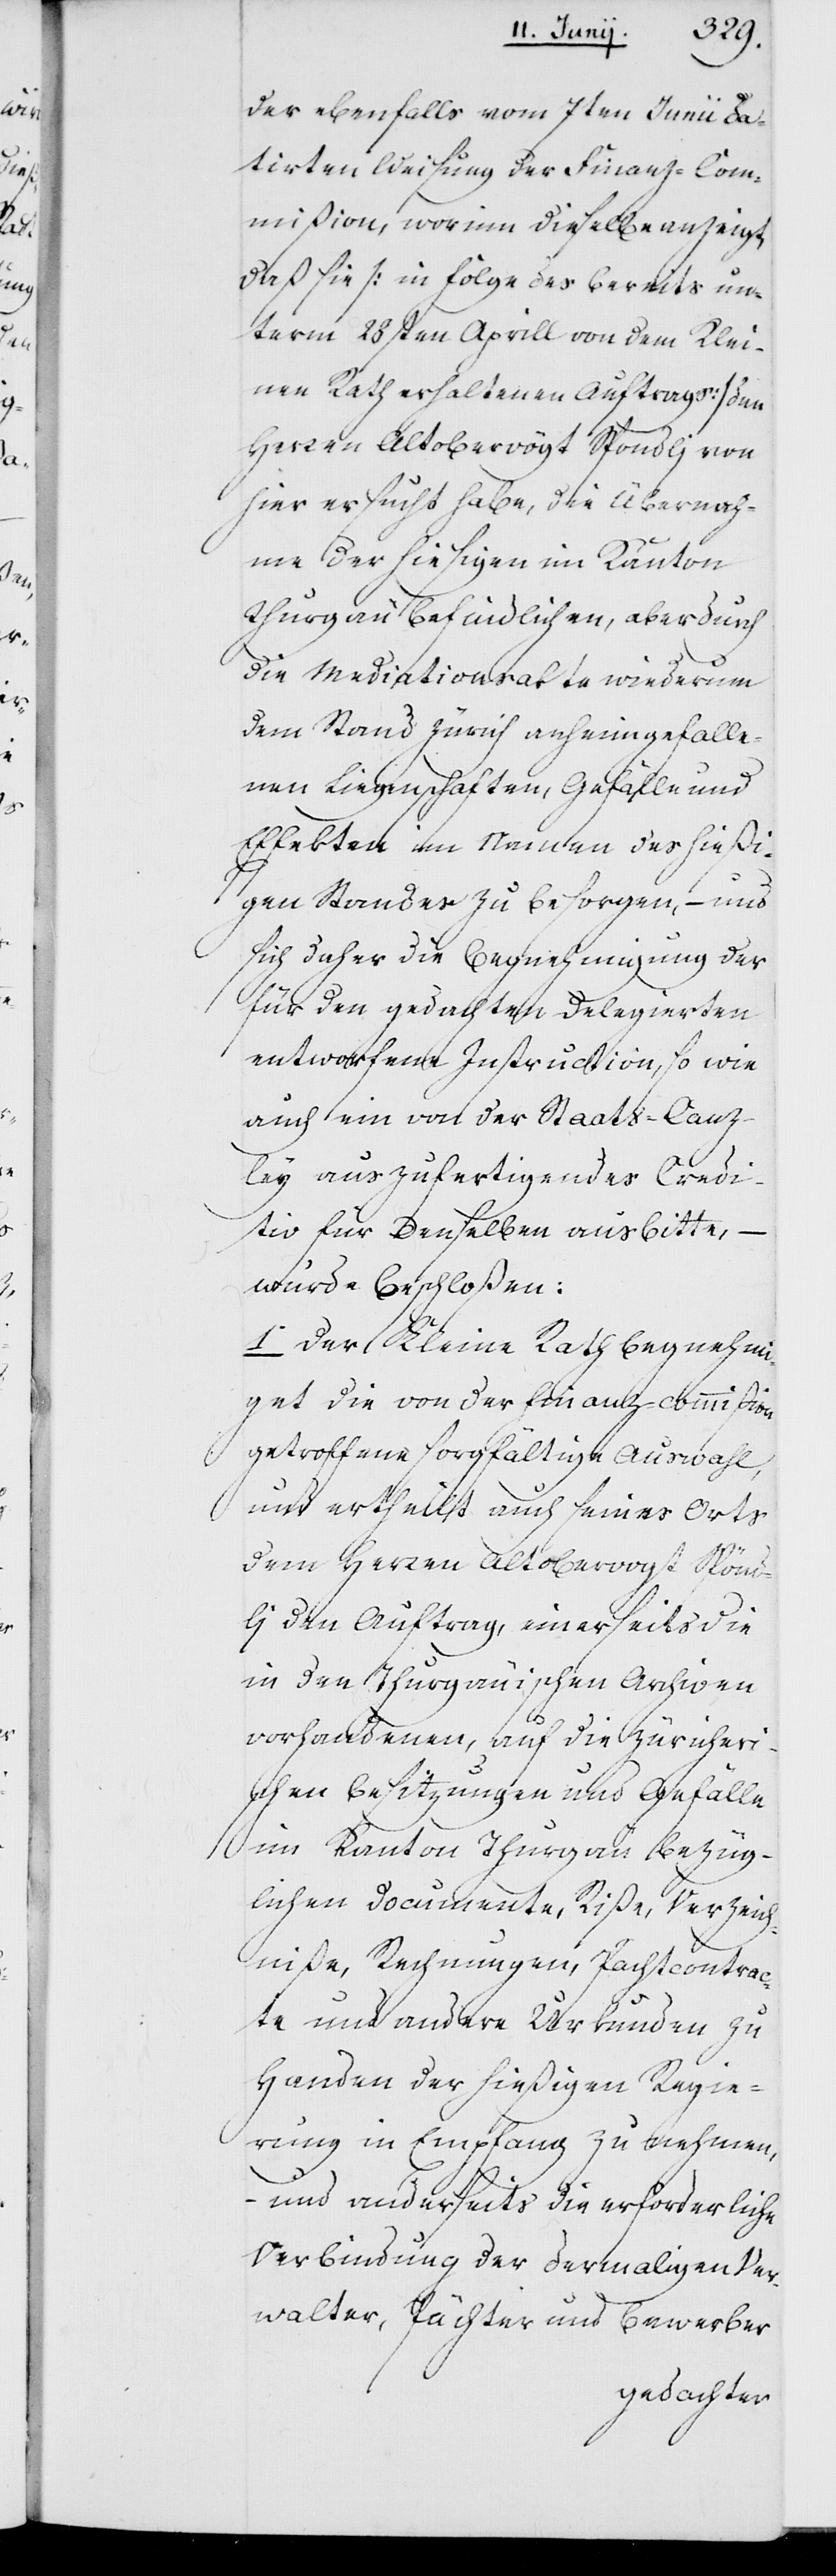
der ebenfalls vom 7ten Junii da¬
tirten Weisung der Finanz-Com¬
mißion, worinn dieselbe anzeigt,
daß sie (in Folge des bereits un¬
term 28sten Aprill von dem Klei¬
nen Rath erhaltenen Auftrags) dem
Herren Altobervogt Spöndlj von
hier ersucht habe, die Übernah¬
me der hiesigen im Kanton
Thurgau befindlichen, aber durch
die Mediationsakte wiederum
dem Stand Zürich anheimgefalle¬
nen Liegenschaften, Gefälle und
Effekten im Namen des hießi¬
gen Standes zu besorgen, – und
sich daher die Begnehmigung der
für den gedachten Delegierten
entworfene[n] Instruction, sowie
auch ein von der Staats-Canz¬
ley auszufertigendes Credi¬
tiv für denselben ausbitte,
wurde beschloßen:
1o Der Kleine Rath begnehmi¬
get die von der Finanz-Commißion
getroffene sorgfältige Auswahl,
und ertheilt auch seines Orts
dem Herren Altobervogt Spöndl¬
j den Auftrag, einerseits die
in den Thurgauischen Archiven
vorhandenen, auf die Zürcheri¬
schen Besitzungen und Gefälle
im Kanton Thurgau bezüg¬
lichen Documente, Riße, Verzeich¬
niße, Rechnungen, Pachtcontrac¬
te und andere Urkunden zu
Handen der hiesigen Regie¬
rung in Empfang zu nehmen,
und anderseits die erforderliche
Verbindung der dermaligen Ver¬
walter, Pächter und Bewerber